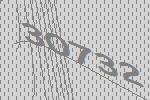
30732